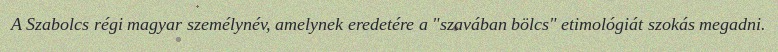
A Szabolcs régi magyar személynév, amelynek eredetére a "szavában bölcs" etimológiát szokás megadni.